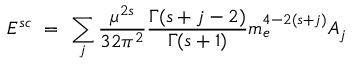
{ \cal E } ^ { s c } \ = \ \sum _ { j } \frac { \mu ^ { 2 s } } { 3 2 \pi ^ { 2 } } \frac { \Gamma ( s + j - 2 ) } { \Gamma ( s + 1 ) } m _ { e } ^ { 4 - 2 ( s + j ) } A _ { j }